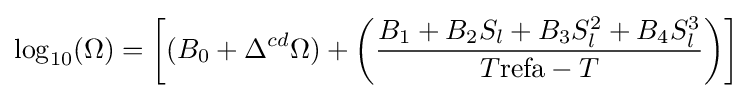
\log _{10}(\Omega )=\left[(B_{0}+\Delta ^{cd}{\Omega })+\left({\frac {B_{1}+B_{2}S_{l}+B_{3}S_{l}^{2}+B_{4}S_{l}^{3}}{T{\text{refa}}-T}}\right)\right]